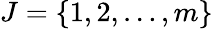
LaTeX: J=\{ 1,2,\ldots,m\}